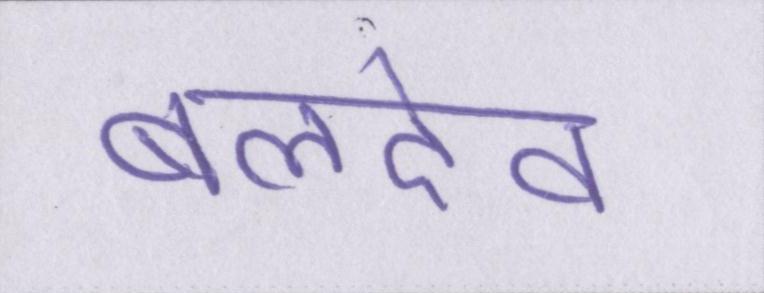
बलदेव